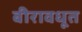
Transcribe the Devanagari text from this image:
बीरावधूत